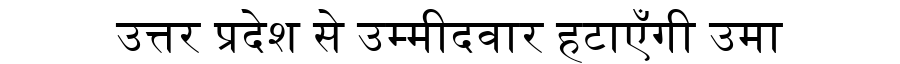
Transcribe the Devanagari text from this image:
उत्तर प्रदेश से उम्मीदवार हटाएँगी उमा